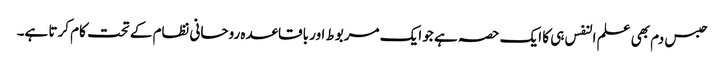
حبس دم بھی علم النفس ہی کا ایک حصہ ہے جو ایک مربوط اور باقاعدہ روحانی نظام کے تحت کام کرتا ہے۔